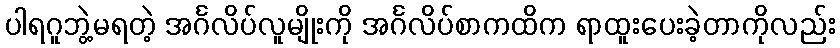
ပါရဂူဘွဲ့မရတဲ့ အင်္ဂလိပ်လူမျိုးကို အင်္ဂလိပ်စာကထိက ရာထူးပေးခဲ့တာကိုလည်း